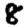
Digit: 8